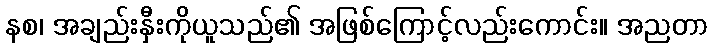
နစ၊ အချည်းနှီးကိုယူသည်၏ အဖြစ်ကြောင့်လည်းကောင်း။ အညတာ